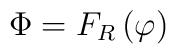
\Phi =F_R\left( \varphi \right)